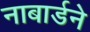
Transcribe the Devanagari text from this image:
नाबार्डने